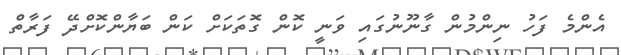
އެންމެ ފަހު ނިންމުން ގާނޫނުގައި ވަނީ ކޮން ގޮތަކަށް ކަން ބަޔާންކޮށްދޭ ފަރާތް